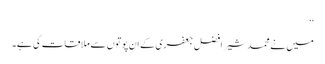
‘‘
میں نے محمد شیر افضل جعفری کے ان پوتوں سے ملاقات کی ہے۔